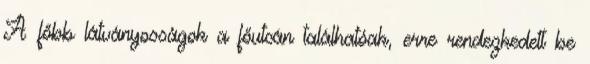
A főbb látványosságok a főutcán találhatóak, erre rendezkedett be